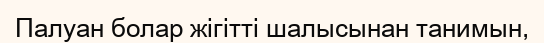
Палуан болар жігітті шалысынан танимын,